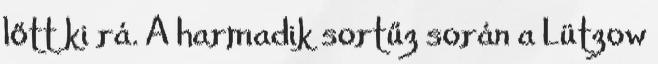
lőtt ki rá. A harmadik sortűz során a Lützow